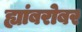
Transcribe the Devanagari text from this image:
ह्यांबरोबर